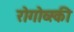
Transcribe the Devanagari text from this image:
रोगोव्स्की